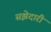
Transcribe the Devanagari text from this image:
सझेदारी